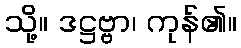
သို့။ ဒဋ္ဌဗ္ဗာ၊ ကုန်၏။